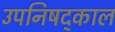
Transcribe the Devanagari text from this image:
उपनिषद्काल